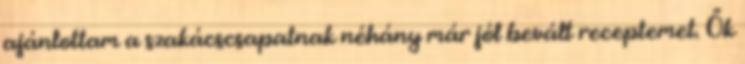
ajánlottam a szakácscsapatnak néhány már jól bevált receptemet. Ők